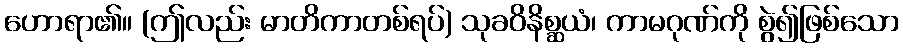
ဟောရာ၏။ (ဤလည်း မာတိကာတစ်ရပ်) သုခဝိနိစ္ဆယံ၊ ကာမဂုဏ်ကို စွဲ၍ဖြစ်သော